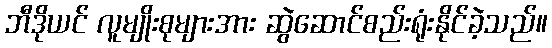
ဘီဒိုယင် လူမျိုးစုများအား ဆွဲဆောင်စည်းရုံးနိုင်ခဲ့သည်။